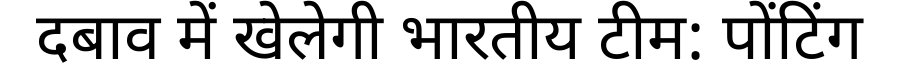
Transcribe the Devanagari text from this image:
दबाव में खेलेगी भारतीय टीम: पोंटिंग